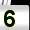
Digit: 5